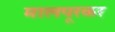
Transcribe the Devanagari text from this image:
मालपूरकर